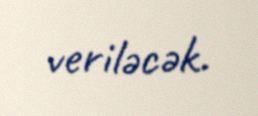
veriləcək.